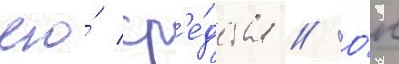
его́ ср'е́дства // О́н